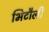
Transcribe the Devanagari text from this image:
भिटौली